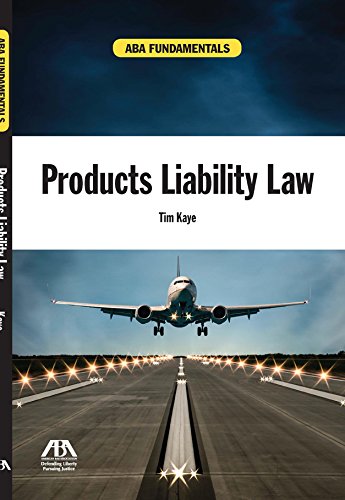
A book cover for ABA Fundamentals: Products Liability Law; Dr. Tim Kaye; Law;